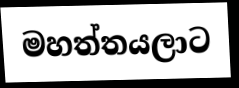
මහත්තයලාට